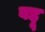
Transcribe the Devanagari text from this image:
बद्दू